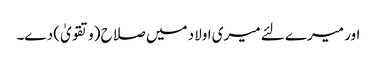
اور میرے لئے میری اولاد میں صلاح (وتقویٰ) دے۔